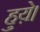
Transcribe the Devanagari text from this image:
हुय़े।